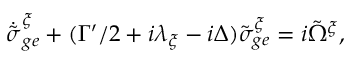
\dot { \tilde { \sigma } } _ { g e } ^ { \xi } + ( \Gamma ^ { \prime } / 2 + i \lambda _ { \xi } - i \Delta ) \tilde { \sigma } _ { g e } ^ { \xi } = i \tilde { \Omega } ^ { \xi } ,